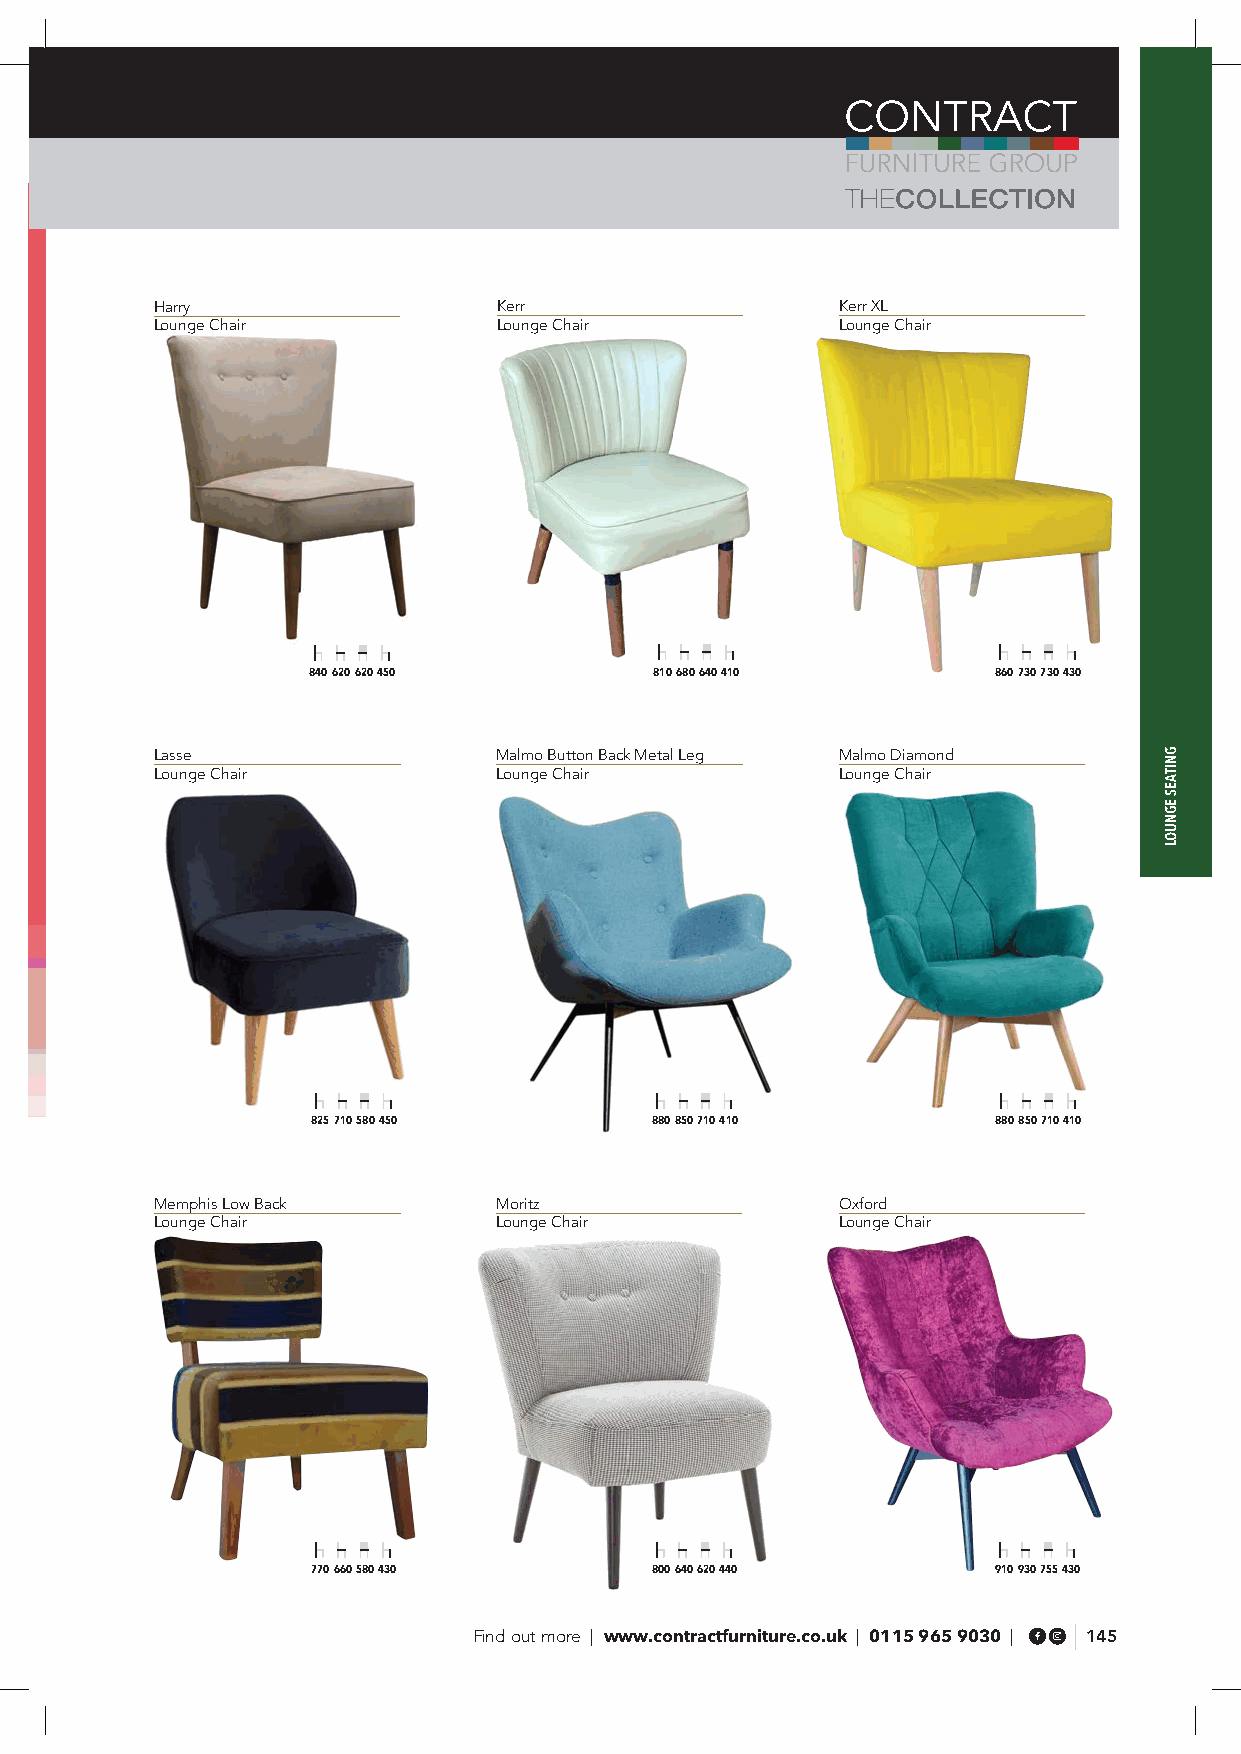
Harry                  Kerr                   Kerr XL
 Lounge Chair           Lounge Chair           Lounge Chair
 840 620 620 450        810 680 640 410        860 730 730 430
 Lasse                  Malmo Button Back Metal Leg Malmo Diamond
 Lounge Chair           Lounge Chair          Lounge Chair
 825 710 580 450       880 850 710 410        880 850 710 410
 Memphis Low Back       Moritz                 Oxford
 Lounge Chair           Lounge Chair           Lounge Chair
 770 660 580 430       800 640 620 440        910 930 755 430
 Find out more | www.contractfurniture.co.uk | 0115 965 9030 | 145
 GNITAES
 EGNUOL